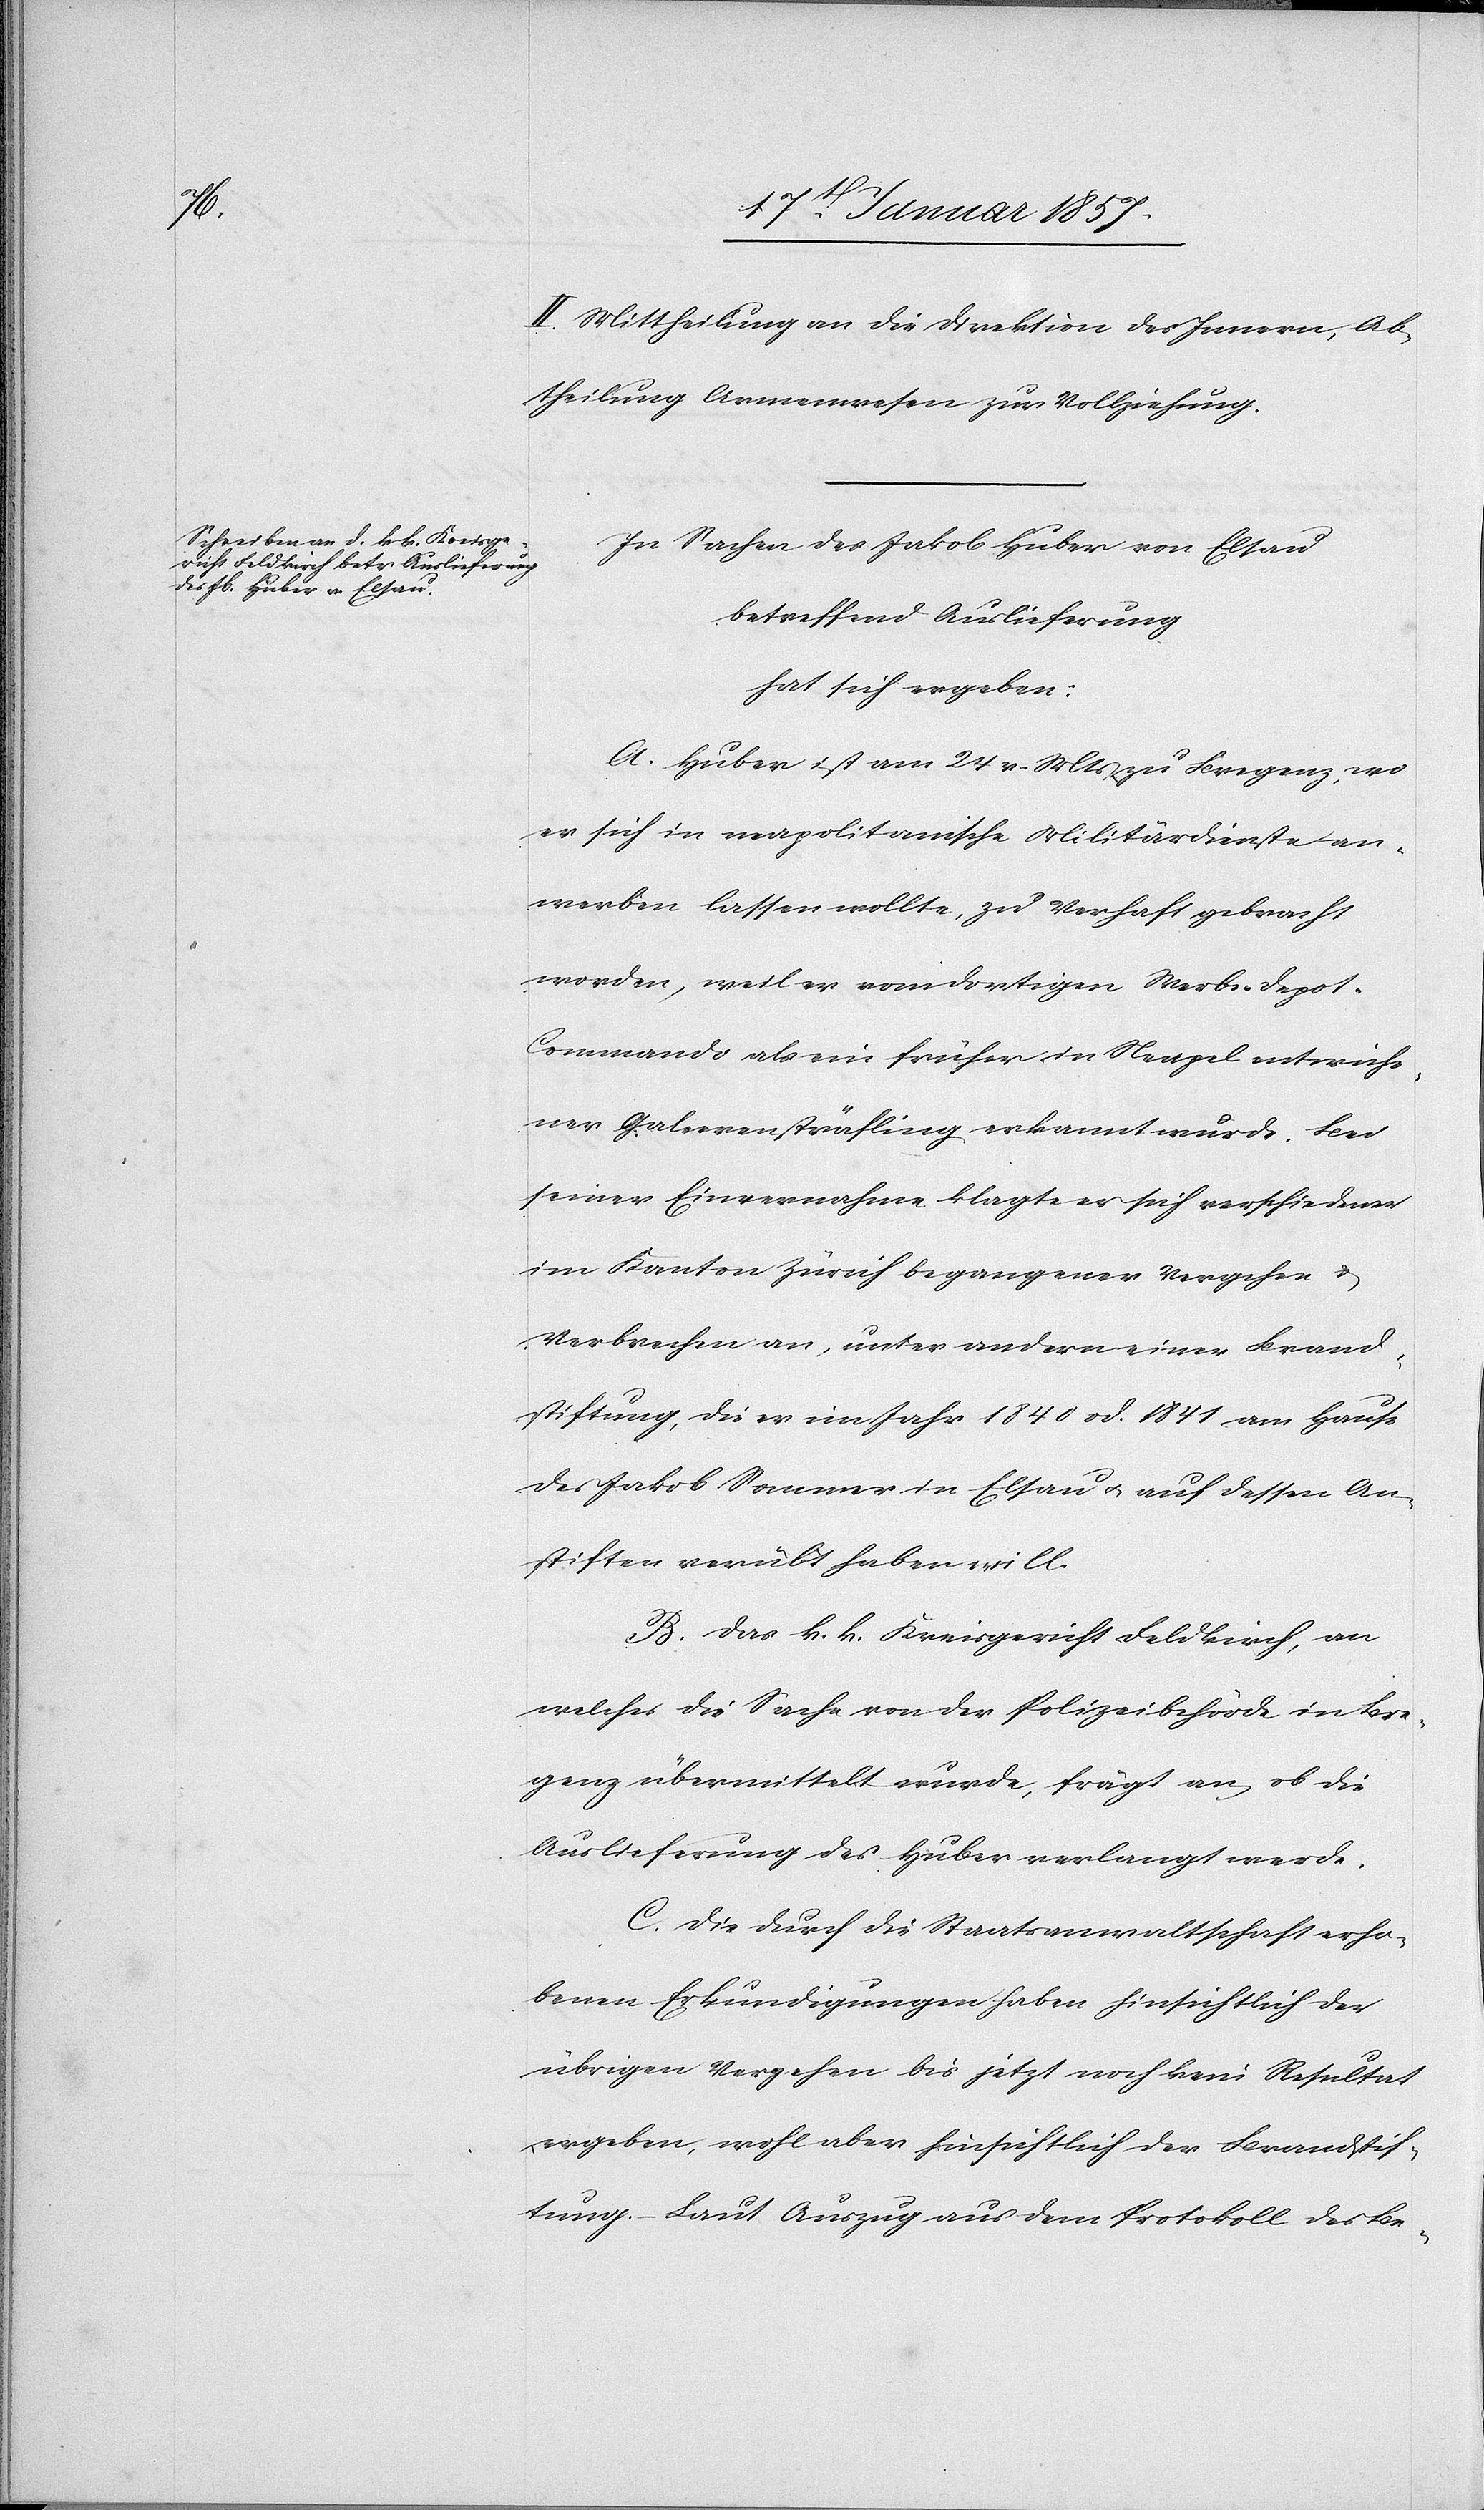
II. Mittheilung an die Direktion des Innern, Ab¬
theilung Armenwesen zur Vollziehung.
In Sachen des Jakob Huber von Elsau
betreffend Auslieferung
hat sich ergeben:
A. Huber ist am 24 v. Mts zu Bregenz, wo
er sich in napolitanische Militärdienste an¬
werben lassen wollte, zu Verhaft gebracht
worden, weil er vom dortigen Werbe-Depot-C¬
ommando als ein früher in Neapel entwiche¬
ner Galeerensträfling erkannt wurde. Bei
seiner Einvernahme klagte er sich verschiedener
im Kanton Zürich begangener Vergehen &
Verbrechen an, unter andern einer Brand¬
stiftung, die er im Jahre 1840 od. 1841 am Hause
des Jakob Sommer in Elsau u. auf dessen An¬
stiften verübt haben will.
B. Das k. k. Kriegsgericht Feldkirch, an
welches die Sache von der Polizeibehörde in Bre¬
genz übermittelt wurde, frägt an, ob die
Auslieferung des Huber verlangt werde.
C. Die durch die Staatsanwaltschaft erho¬
benen Erkundigungen haben hinsichtlich der
übrigen Vergehen bis jetzt noch kein Resultat
ergeben, wohl aber hinsichtlich der Brandstif¬
tung. – Laut Auszug aus dem Protokoll des Be-